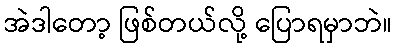
အဲဒါတော့ ဖြစ်တယ်လို့ ပြောရမှာဘဲ။